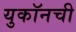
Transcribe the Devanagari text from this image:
युकॉनची